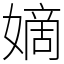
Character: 嫡